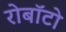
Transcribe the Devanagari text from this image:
रोबॉटो